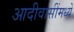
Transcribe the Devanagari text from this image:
आदीवासींमध्ये